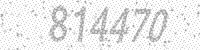
Solution: 814470